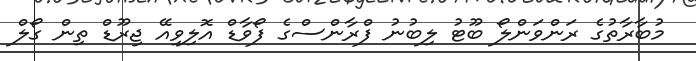
މުބާރާތުގެ ރަންވަންލޯ ބޫޓު ލިބުނު ފްރާންސްގެ ފޯވާޑް އޮލިވިއޭ ޖިރޫޑް ތިން ގޯލް